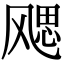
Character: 飔